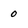
Character: 0